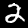
Digit: 2